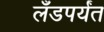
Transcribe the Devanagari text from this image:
लँडपर्यंत